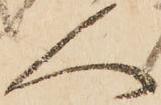
人